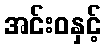
အင်းဝနှင့်